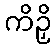
ကိဉှိ